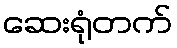
ဆေးရုံတက်